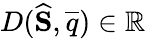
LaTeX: D(\widehat{\mathbf{S}},\overline{{q}})\in\mathbb{R}